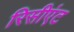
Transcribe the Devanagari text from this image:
रिसीएंट